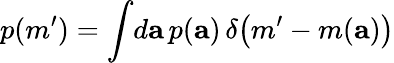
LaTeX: p(m^{\prime})=\int\! d{\mathbf a}\, p({\mathbf a})\, \delta\! \left(m^{\prime}-m({\mathbf a})\right)